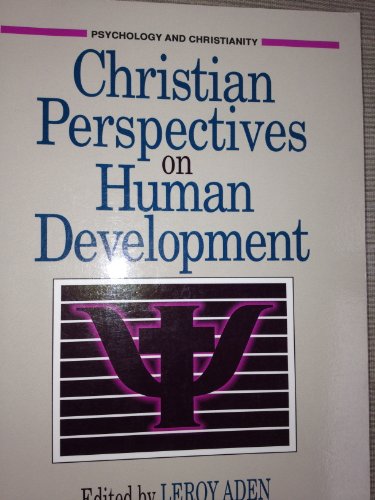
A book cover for Christian Perspectives on Human Development (Psychology and Christianity); Religion & Spirituality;